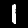
Label: 1